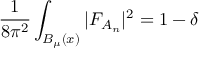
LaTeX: { \frac { 1 } { 8 \pi ^ { 2 } } } \int _ { B _ { \mu } ( x ) } \vert F _ { A _ { n } } \vert ^ { 2 } = 1 - \delta